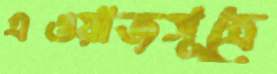
এওয়াজসূত্রে